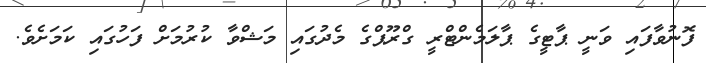
ފޮނުވާފައި ވަނީ ޕާޓީގެ ޕާލަމެންޓްރީ ގްރޫޕްގެ މެދުގައި މަޝްވާ ކުރުމަށް ފަހުގައި ކަމަށެވެ.